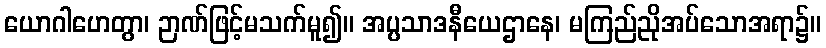
ယောဂါဟေတွာ၊ ဉာဏ်ဖြင့်မသက်မူ၍။ အပ္ပသာဒနီယေဌာနေ၊ မကြည်ညိုအပ်သောအရာ၌။